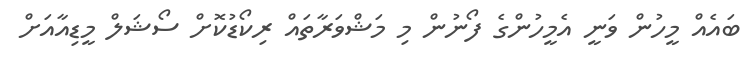
ބައެއް މީހުން ވަނީ އެމީހުންގެ ފޯނުން މި މަޝްވަރާތައް ރިކޯޑުކޮށް ސޯޝަލް މީޑިއާއަށް